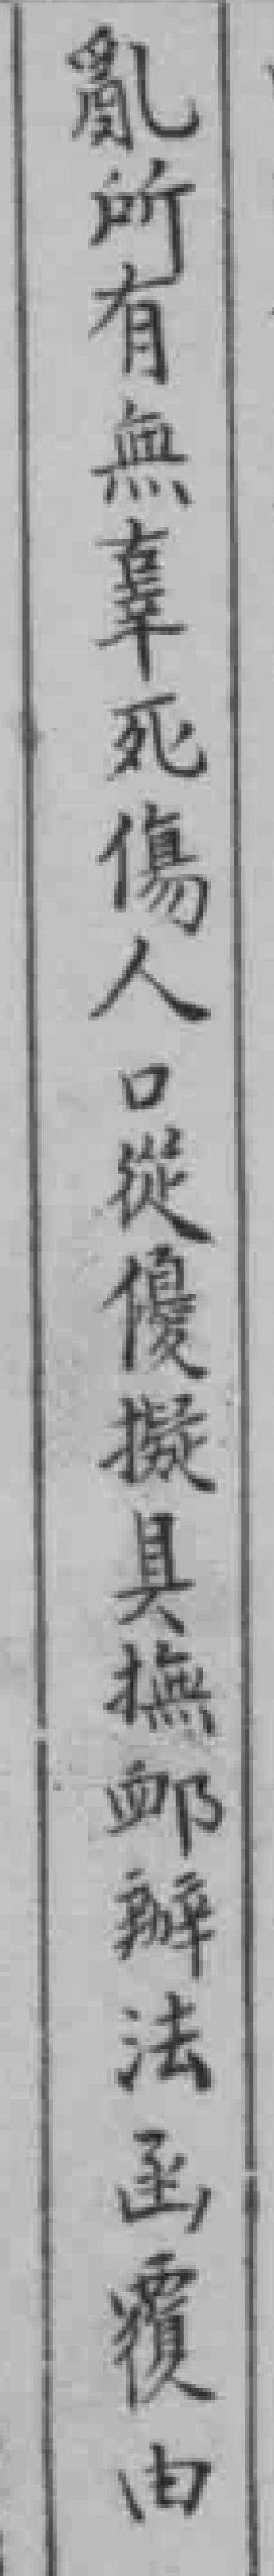
亂所有無辜死傷人口從優擬具撫卹辦法函覆由